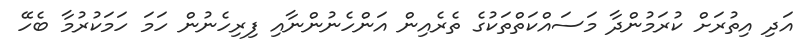
އަދި އިތުރަށް ކުރަމުންދާ މަސައްކަތްތަކުގެ ތެރެއިން އަންހެނުންނާއި ފިރިހެނުން ހަމަ ހަމަކުރުމާ ބެހޭ